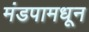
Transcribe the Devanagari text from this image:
मंडपामधून